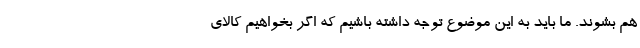
هم بشوند. ما باید به این موضوع توجه داشته باشیم که اگر بخواهیم کالای